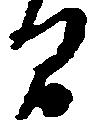
間